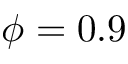
\phi = 0 . 9